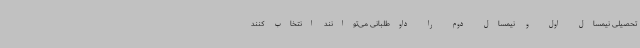
تحصیلی نیمسال اول و نیمسال دوم را داوطلبانی می‌توانند انتخاب کنند